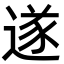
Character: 遂